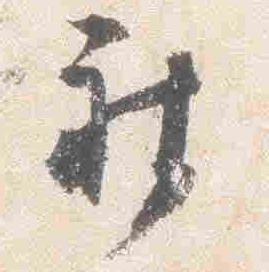
被